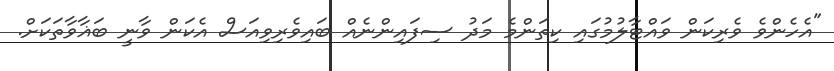
"އެހެންވެ ވެރިކަން ވައްޓާލުމުގައި ކިތަންމެ މަދު ސިފައިންނެއް ބައިވެރިވިއަސް އެކަން ވާނީ ބަޣާވާތަކަށް.